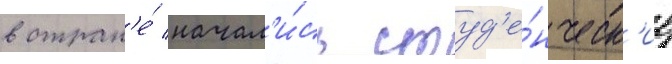
в стран'е́ начал'и́сь студ'е́нческ'ие